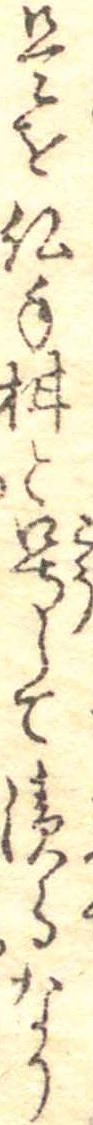
是を仏手柑と号して漬るなり